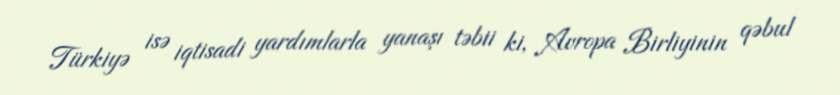
Türkiyə isə iqtisadi yardımlarla yanaşı təbii ki, Avropa Birliyinin qəbul